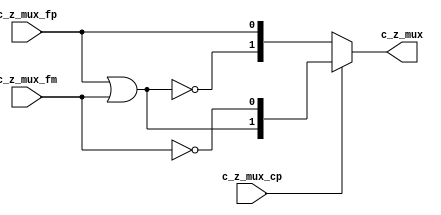
//
// Generated by Bluespec Compiler, version 2014.07.A (build 34078, 2014-07-30)
//
// On Tue Sep 29 16:31:46 IST 2015
//
//
// Ports:
// Name                         I/O  size props
// c_z_mux                        O     2
// c_z_mux_fp                     I     1
// c_z_mux_fm                     I     1
// c_z_mux_cp                     I     1
//
// Combinational paths from inputs to outputs:
//   (c_z_mux_fp, c_z_mux_fm, c_z_mux_cp) -> c_z_mux
//
//

`ifdef BSV_ASSIGNMENT_DELAY
`else
  `define BSV_ASSIGNMENT_DELAY
`endif

`ifdef BSV_POSITIVE_RESET
  `define BSV_RESET_VALUE 1'b1
  `define BSV_RESET_EDGE posedge
`else
  `define BSV_RESET_VALUE 1'b0
  `define BSV_RESET_EDGE negedge
`endif

module module_c_z_mux(c_z_mux_fp,
		      c_z_mux_fm,
		      c_z_mux_cp,
		      c_z_mux);
  // value method c_z_mux
  input  c_z_mux_fp;
  input  c_z_mux_fm;
  input  c_z_mux_cp;
  output [1 : 0] c_z_mux;

  // signals for module outputs
  wire [1 : 0] c_z_mux;

  // remaining internal signals
  wire [1 : 0] res__h25, res__h27;
  wire x__h22;

  // value method c_z_mux
  assign c_z_mux = c_z_mux_cp ? res__h25 : res__h27 ;

  // remaining internal signals
  assign res__h25 = { x__h22, ~c_z_mux_fm } ;
  assign res__h27 = { ~x__h22, c_z_mux_fp } ;
  assign x__h22 = c_z_mux_fp | c_z_mux_fm ;
endmodule  // module_c_z_mux